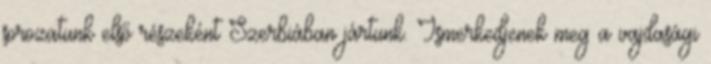
sorozatunk első részeként Szerbiában jártunk. Ismerkedjenek meg a vajdasági